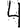
Digit: 4